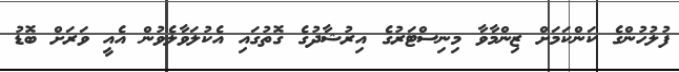
ފުލުހުންގެ ކަންކަމަށް ޒިންމާވާ މިނިސްޓަރުގެ އިރުޝާދުގެ ގޮތުގައި އެކުލަވާލެވުން އެއީ ވަރަށް ބޮޑު